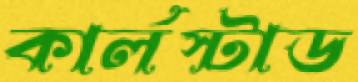
কার্লস্টাড